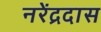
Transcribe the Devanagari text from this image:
नरेंद्रदास